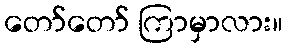
တော်တော် ကြာမှာလား။